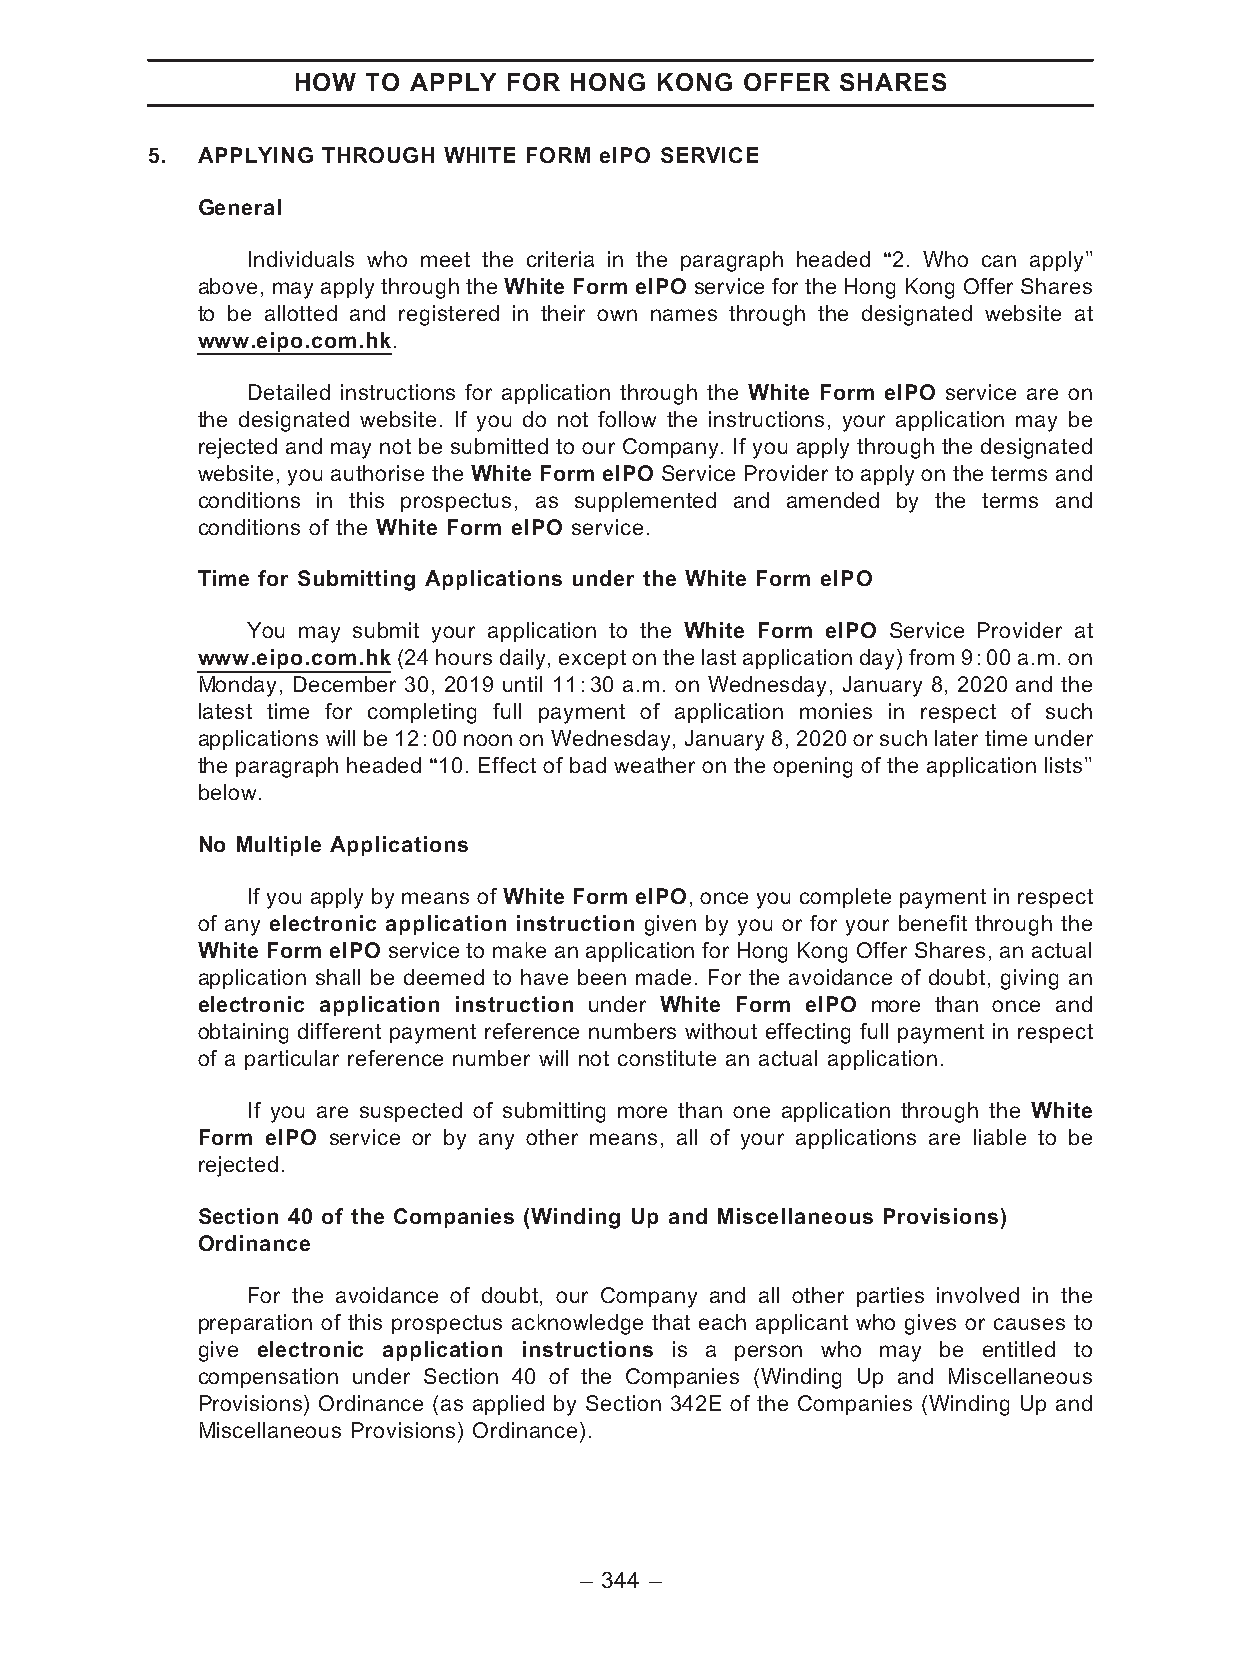
HOW  TO APPLY FOR  HONG KONG  OFFER  SHARES
 5. APPLYING THROUGH WHITE FORM eIPO SERVICE
 General
 Individuals who meet the criteria in the paragraph headed ‘‘2. Who can apply’’
 above, may apply through the White Form eIPO service for the Hong Kong Offer Shares
 to be allotted and registered in their own names through the designated website at
 www.eipo.com.hk.
 Detailed instructions for application through the White Form eIPO service are on
 the designated website. If you do not follow the instructions, your application may be
 rejected and may not be submitted to our Company. If you apply through the designated
 website, you authorise the White Form eIPO Service Provider to apply on the terms and
 conditions in this prospectus, as supplemented and amended by the terms and
 conditions of the White Form eIPO service.
 Time for Submitting Applications under the White Form eIPO
 You may submit your application to the White Form eIPO Service Provider at
 www.eipo.com.hk (24hoursdaily,excepton the lastapplicationday)from9:00 a.m.on
 Monday, December 30, 2019 until 11:30 a.m. on Wednesday, January 8, 2020 and the
 latest time for completing full payment of application monies in respect of such
 applications will be 12:00 noon on Wednesday, January 8, 2020 or such later time under
 the paragraph headed ‘‘10. Effect of bad weather on the opening of the application lists’’
 below.
 No Multiple Applications
 If you apply by means of White Form eIPO, once you complete payment in respect
 of any electronic application instruction given by you or for your benefit through the
 White Form eIPO service to make an application for Hong Kong Offer Shares, an actual
 application shall be deemed to have been made. For the avoidance of doubt, giving an
 electronic application instruction under White Form eIPO more than once and
 obtaining different payment reference numbers without effecting full payment in respect
 of a particular reference number will not constitute an actual application.
 If you are suspected of submitting more than one application through the White
 Form eIPO service or by any other means, all of your applications are liable to be
 rejected.
 Section 40 of the Companies (Winding Up and Miscellaneous Provisions)
 Ordinance
 For the avoidance of doubt, our Company and all other parties involved in the
 preparation of this prospectus acknowledge that each applicant who gives or causes to
 give electronic application instructions is a person who may be entitled to
 compensation under Section 40 of the Companies (Winding Up and Miscellaneous
 Provisions) Ordinance (as applied by Section 342E of the Companies (Winding Up and
 Miscellaneous Provisions) Ordinance).
 – 344 –